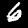
Label: 6